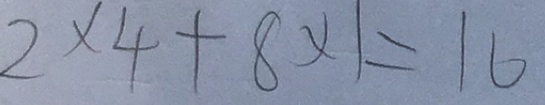
2 \times 4 + 8 \times 1 = 1 6